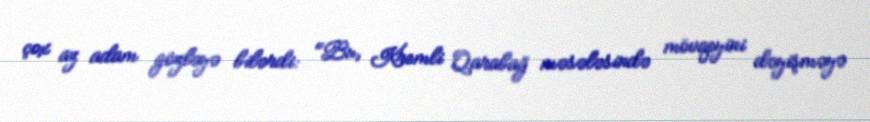
çox az adam gözləyə bilərdi: "Bu, Kremli Qarabağ məsələsində mövqeyini dəyişməyə